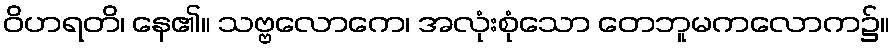
ဝိဟရတိ၊ နေ၏။ သဗ္ဗလောကေ၊ အလုံးစုံသော တေဘူမကလောက၌။